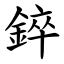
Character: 錊